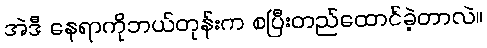
အဲဒီ နေရာကိုဘယ်တုန်းက စပြီးတည်ထောင်ခဲ့တာလဲ။